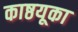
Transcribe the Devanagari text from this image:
काष्ठयूका